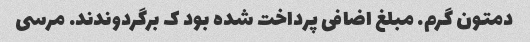
دمتون گرم. مبلغ اضافی پرداخت شده بود ک برگردوندند. مرسی